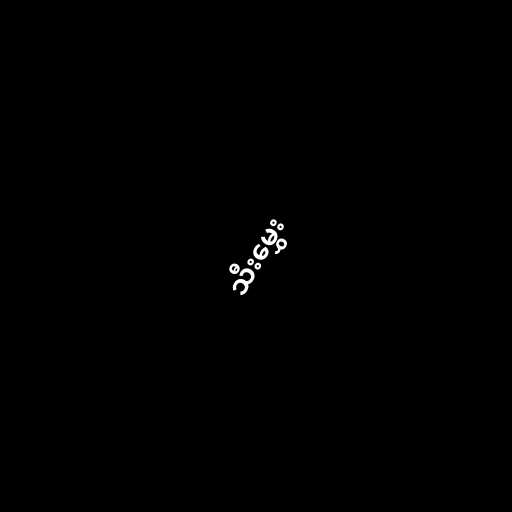
သီးမွှေး